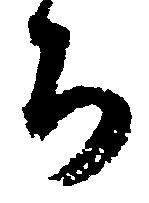
ち